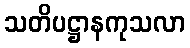
သတိပဋ္ဌာနကုသလာ